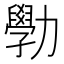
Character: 𫦾